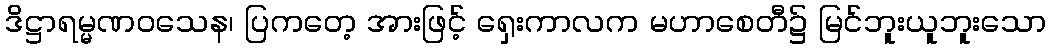
ဒိဋ္ဌာရမ္မဏဝသေန၊ ပြကတေ့ အားဖြင့် ရှေးကာလက မဟာစေတီ၌ မြင်ဘူးယူဘူးသော